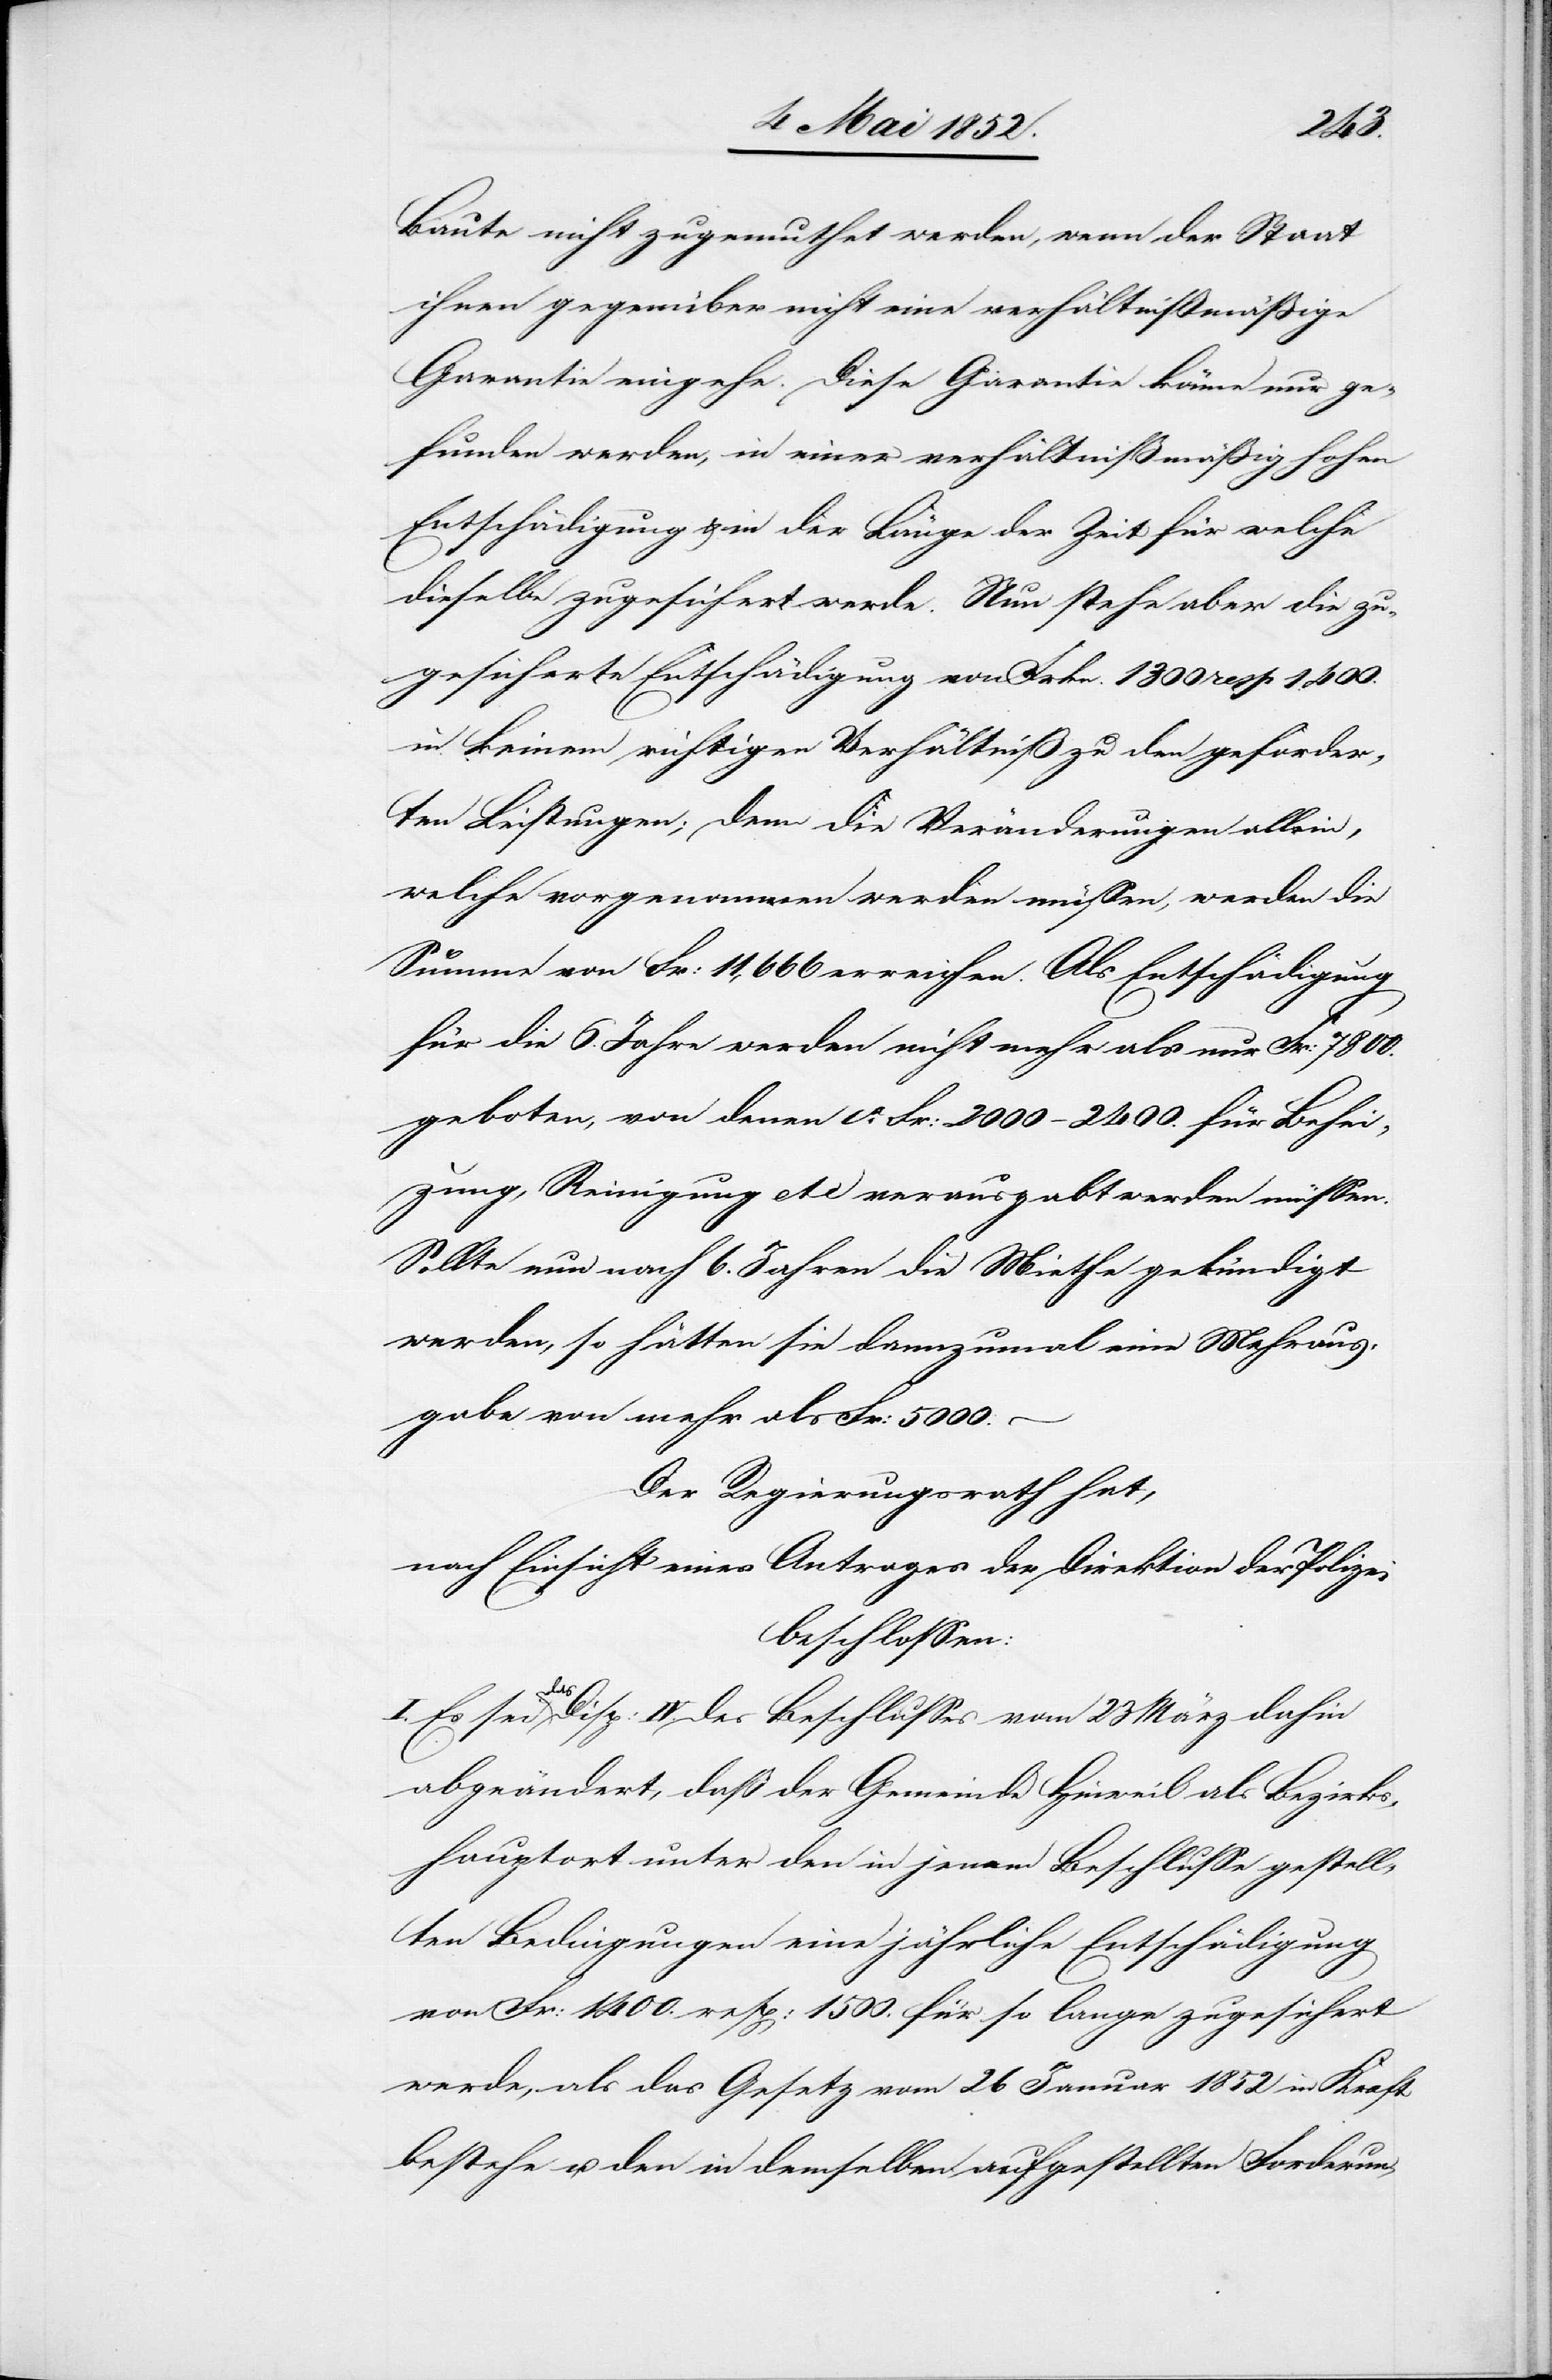
Baute nicht zugemuthet werden, wenn der Staat
ihnen gegenüber nicht eine verhältnißmässige
Garantie eingehe. Diese Garantie könne nur ge¬
funden werden, in einer verhältnißmässig hohen
Entschädigung & in der Länge der Zeit für welche
dieselbe zugesichert werde. Nun stehe aber die zu¬
gesicherte Entschädigung von Frkn. 1300 resp 1400.
in keinem richtigen Verhältniß zu den geforder¬
ten Leistungen; denn die Veränderungen allein,
welche vorgenommen werden müssen, werden die
Summe von Fr: 11,666 erreichen. Als Entschädigung
für die 6. Jahre werden nicht mehr als nur Fr: 7800.
geboten, von denen ca. Fr: 2000–2400. für Behei¬
zung, Reinigung etc verausgabt werden müssen.
Sollte nun nach 6. Jahren die Miethe gekündigt
werden, so hätten sie dannzumal eine Mehraus¬
gabe von mehr als Fr: 5000.
Der Regierungsrath hat,
nach Einsicht eines Antrages der Direktion der Polizei
beschlossen:
I. Es sei das Disp: IV. des Beschlusses vom 23 März dahin
abgeändert, daß der Gemeinde Hinweil als Bezirks¬
hauptort unter den in jenem Beschlusse gestell¬
ten Bedingungen eine jährliche Entschädigung
von Fr: 1400. resp: 1500. für so lange zugesichert
werde, als das Gesetz vom 26 Januar 1852 in Kraft
bestehe u. den in demselben aufgestellten Forderun-